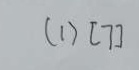
( 1 ) [ 7 ]